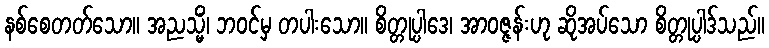
နစ်စေတတ်သော။ အညသ္မိံ၊ ဘဝင်မှ တပါးသော။ စိတ္တုပ္ပါဒေ၊ အာဝဇ္ဇန်းဟု ဆိုအပ်သော စိတ္တုပ္ပါဒ်သည်။